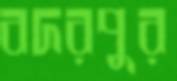
বদরপুর